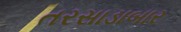
તરસાડાબાર